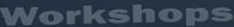
Workshops